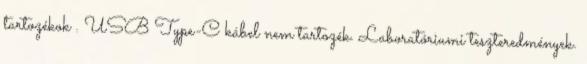
tartozékok . USB Type-C kábel nem tartozék. Laboratóriumi teszteredmények.